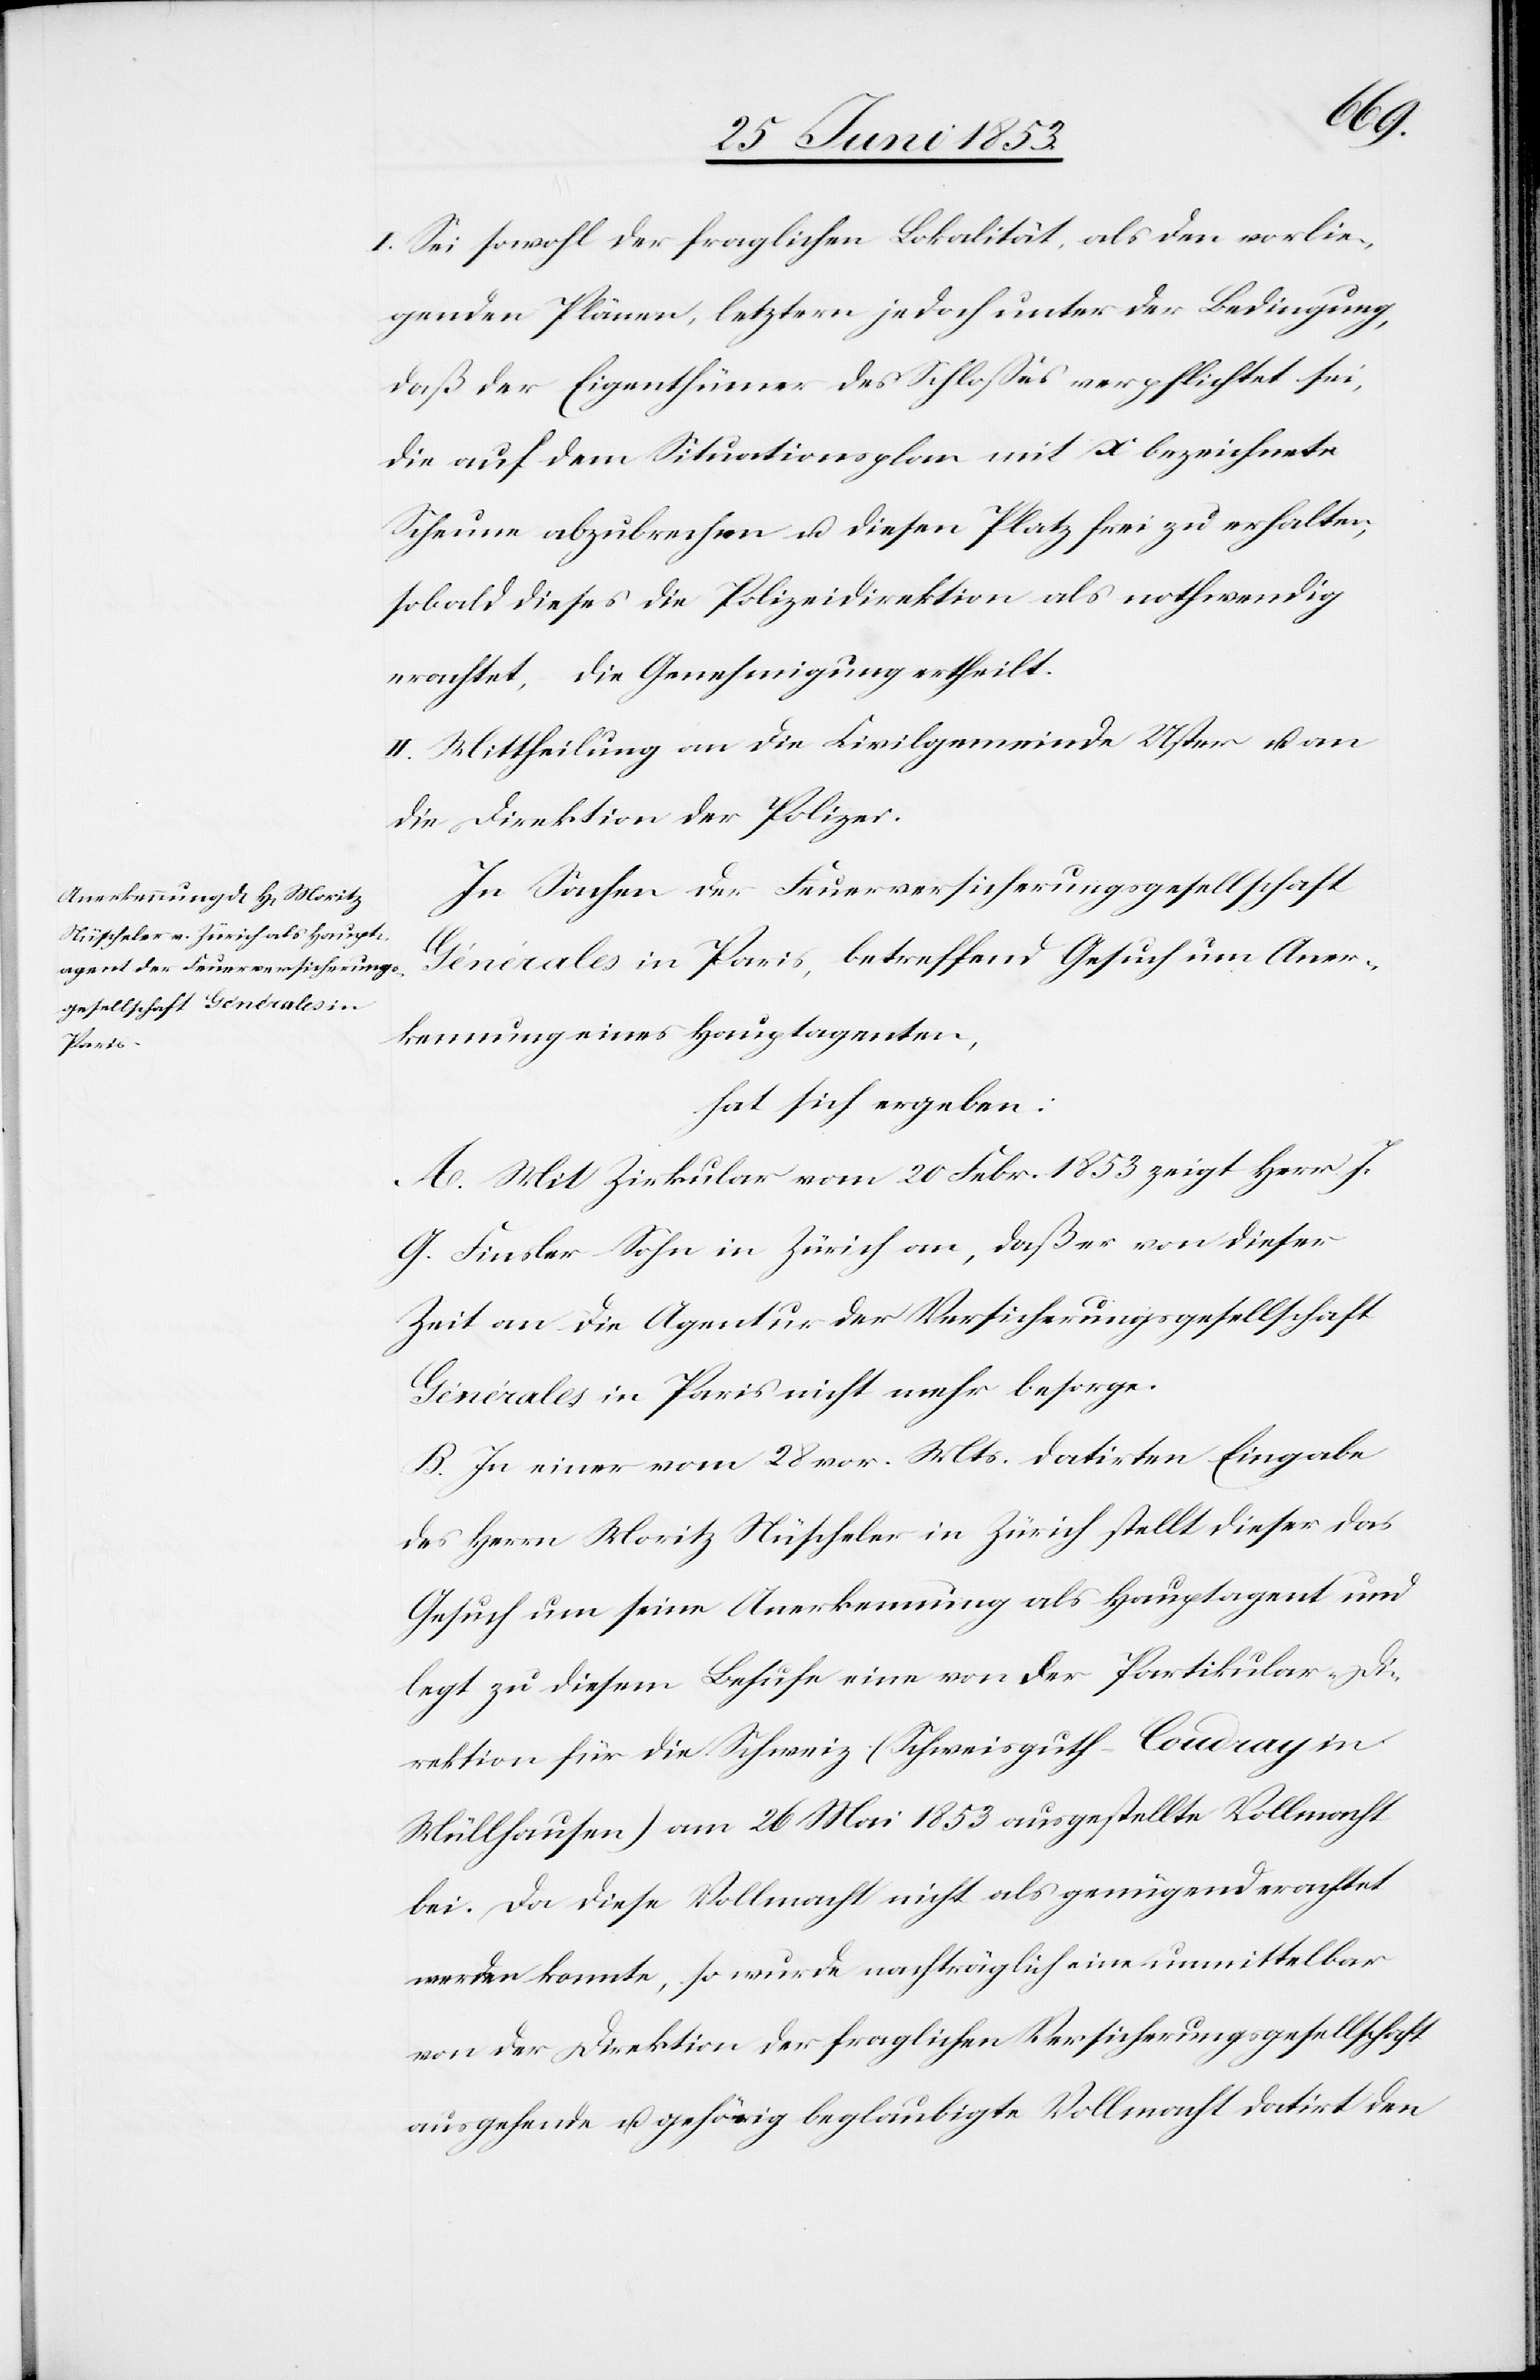
I. Sei sowohl der fraglichen Lokalität, als den vorlie¬
genden Plänen, letztere jedoch unter der Bedingung,
daß der Eigenthümer des Schloßes verpflichtet sei,
die auf dem Situationsplan mit x bezeichnete
Scheune abzubrechen u. diesen Platz frei zu erhalten,
sobald dieses die Polizeidirektion als nothwendig
erachtet, die Genehmigung ertheilt.
II. Mittheilung an die Civilgemeinde Uster u. an
die Direktion der Polizei.
In Sachen der Feuerversicherungsgesellschaft
Générales in Paris, betreffend Gesuch um Aner¬
kennung eines Hauptagenten,
hat sich ergeben:
A. Mit Zuschreiben vom 20 Febr. 1853 zeigt Herr J.
G. Finsler Sohn in Zürich an, daß er von dieser
Zeit an die Agentur der Versicherungsgesellschaft
Générales in Paris nicht mehr besorge.
B. In einer vom 28 vor. Mts. datirten Eingabe
des Herrn Moritz Nüscheler in Zürich stellt dieser das
Gesuch um seine Anerkennung als Hauptagent und
legt zu diesem Behufe eine von der Partikular-Di¬
rektion für die Schweiz (Schweisguth-Coudray in
Mühlhausen) am 26 Mai 1853 ausgestellte Vollmacht
bei. Da diese Vollmacht nicht als genügend erachtet
werden konnte, so wurde nachträglich eine unmittelbar
von der Direktion der fraglichen Versicherungsgesellschaft
ausgehende u. gehörig beglaubigte Vollmacht datirt den